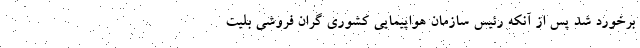
برخورد شد پس از آنکه رئیس سازمان هواپیمایی کشوری گران فروشی بلیت